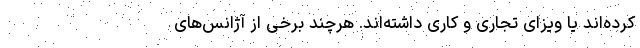
کرده‌اند یا ویزای تجاری و کاری داشته‌اند. هرچند برخی از آژانس‌های